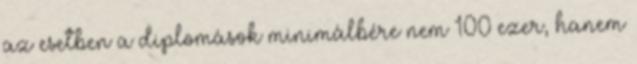
az esetben a diplomások minimálbére nem 100 ezer, hanem